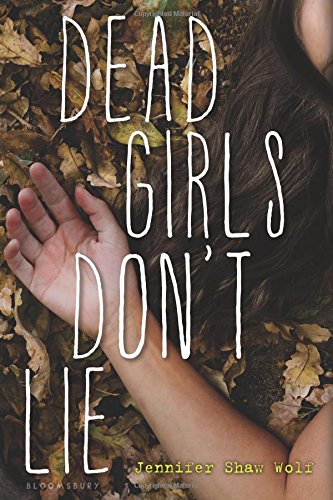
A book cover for Dead Girls Don't Lie; Jennifer Shaw Wolf; Teen & Young Adult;